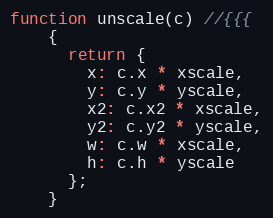
Language: JavaScript
function unscale(c) //{{{
    {
      return {
        x: c.x * xscale,
        y: c.y * yscale,
        x2: c.x2 * xscale,
        y2: c.y2 * yscale,
        w: c.w * xscale,
        h: c.h * yscale
      };
    }